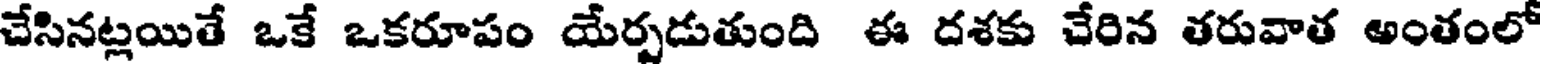
చేసినట్లయితే ఒకే ఒకరూపం యేర్పడుతుంది ఈ దశకు చేరిన తరువాత అంతంలో